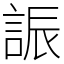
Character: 誫